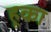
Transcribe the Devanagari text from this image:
हूका